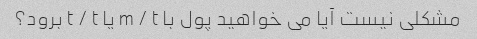
مشکلی نیست آیا می خواهید پول با m / t یا t / t برود؟